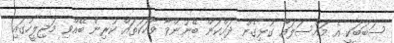
ސަބަބަކީ އެ މައްސަލައާ ގުޅިގެން ދައްކަން ބޭނުންވާ ވާހަކަތައް ކުރިން ބޭއްވި މަޖިލީހުގައި